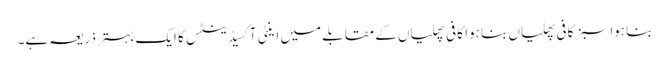
بنا ہوا سبز کافی پھلیاں بنا ہوا کافی پھلیاں کے مقابلے میں اینٹی آکسیڈینٹس کا ایک بہتر ذریعہ ہے۔